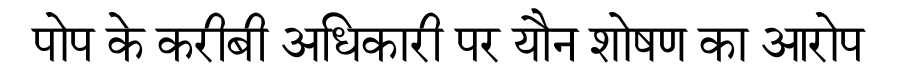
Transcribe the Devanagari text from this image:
पोप के करीबी अधिकारी पर यौन शोषण का आरोप